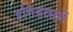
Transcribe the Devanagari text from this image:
इतिहासमें